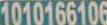
1010166106